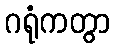
ဂရုံကတွာ